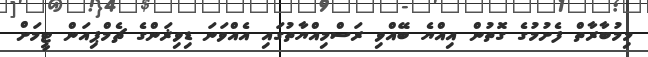
މިމުބާރާތް ފެށުމުގެ ގޮތުން އިއްޔެ ބޭއްވި ރަސްމިއްޔާތުގައި އެއްވަނަ ޑިވިޜަންގެ ޗެމްޕިއަން ޓީމަށް